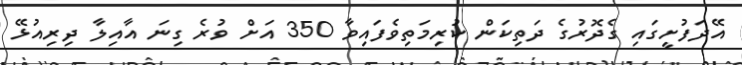
އޭދަފުށީގައި ގެދޮރުގެ ދަތިކަން ކުރިމަތިވެފައިވާ 350 އަށް ވުރެ ގިނަ އާއިލާ ދިރިއުޅޭ